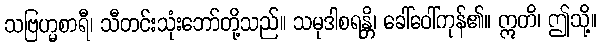
သဗြဟ္မစာရီ၊ သီတင်းသုံးဘော်တို့သည်။ သမုဒါစရန္တိ၊ ခေါ်ဝေါ်ကုန်၏။ ဣတိ၊ ဤသို့။